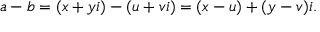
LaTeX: a - b = ( x + y i ) - ( u + v i ) = ( x - u ) + ( y - v ) i .